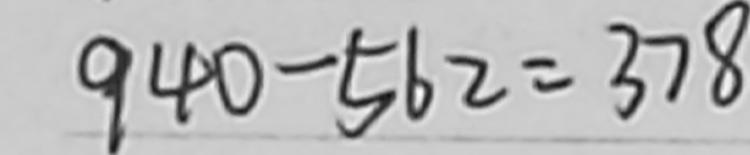
9 4 0 - 5 6 2 = 3 7 8